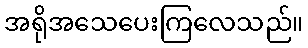
အရိုအသေပေးကြလေသည်။